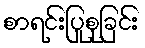
စာရင်းပြုစုခြင်း